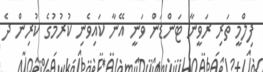
ފިލްމީ ތަރި ރަވީނާ ޓަންޑަން ވަނީ އޭނާ ކައިވެނި ކުރުމުގެ ކުރިން ދެ